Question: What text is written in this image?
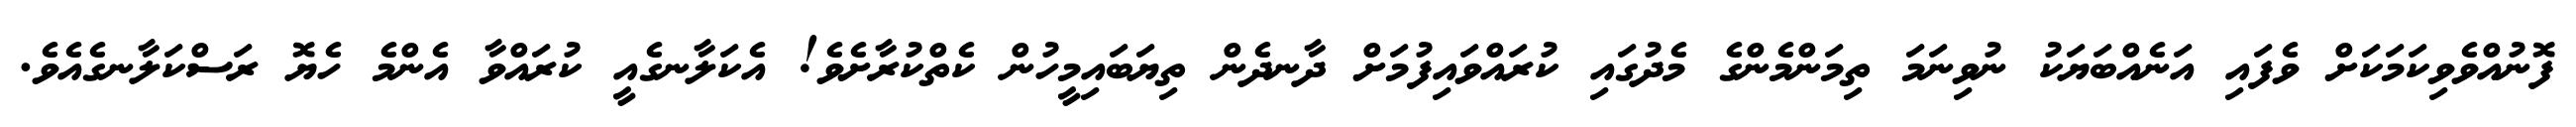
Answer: ފޮނުއްވެވިކަމަކަށް ވެފައި އަނެއްބަޔަކު ނުވިނަމަ ތިމަންމެންގެ މެދުގައި ކުރައްވައިފުމަށް ދާނދެން ތިޔަބައިމީހުން ކެތްކުރާށެވެ! އެކަލާނގެއީ ކުރައްވާ އެންމެ ހެޔޮ ރަސްކަލާނގެއެވެ.